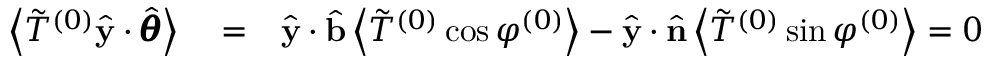
\begin{array} { r l r } { \left< \Tilde { T } ^ { ( 0 ) } \hat { \mathbf { y } } \cdot \hat { \pmb { \theta } } \right> } & { { } = } & { \hat { \mathbf { y } } \cdot \hat { \mathbf { b } } \left< \Tilde { T } ^ { ( 0 ) } \cos \varphi ^ { ( 0 ) } \right> - \hat { \mathbf { y } } \cdot \hat { \mathbf { n } } \left< \Tilde { T } ^ { ( 0 ) } \sin \varphi ^ { ( 0 ) } \right> = 0 } \end{array}